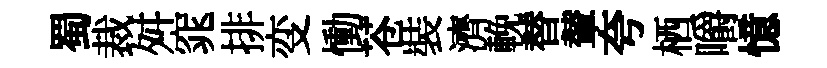
蜀裁舛窕排变慟苍裝濟輓替輦夸栖嚼憶